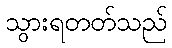
သွားရတတ်သည်